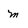
Character: m